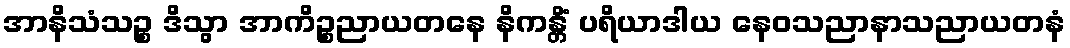
အာနိသံသဉ္စ ဒိသွာ အာကိဉ္စညာယတနေ နိကန္တိံ ပရိယာဒါယ နေဝသညာနာသညာယတနံ